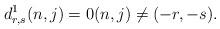
LaTeX: \begin{align*}d^1_{r,s}(n,j)=0(n,j)\ne(-r,-s).\end{align*}